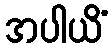
အပါယိံ